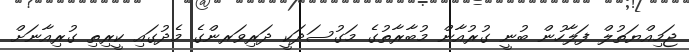
ޖަމިއްޔަތުލް ފަލާހުން ބުނީ ގުރުއާން މުބާރާތުގެ މަގުސަދަކީ ދަރިވަރންގެ މެދުގައި ކީރިތި ގުރިއާނަށް